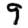
Digit: 9